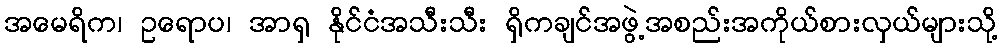
အမေရိက၊ ဥရောပ၊ အာရှ နိုင်ငံအသီးသီး ရှိကချင်အဖွဲ့အစည်းအကိုယ်စားလှယ်များသို့